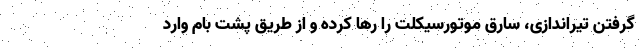
گرفتن تیراندازی، سارق موتورسیکلت را رها کرده و از طریق پشت بام وارد